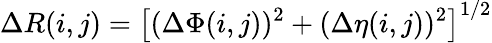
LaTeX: \Delta R(i,j)=\left[(\Delta\Phi(i,j))^{2}+(\Delta\eta(i,j))^{2}\right]^{1/2}